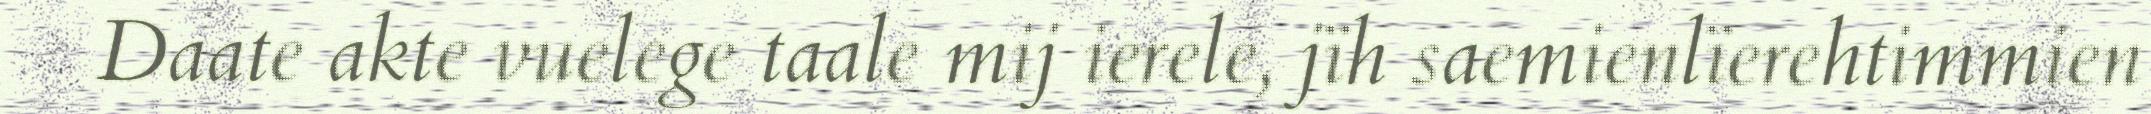
Daate akte vuelege taale mij ierele, jïh saemienlïerehtimmien